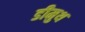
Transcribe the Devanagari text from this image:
डीमुथ